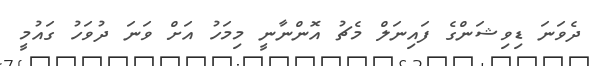
ދެވަނަ ޑިވިޝަންގެ ފައިނަލް މެޗު އޮންނާނީ މިމަހު އަށް ވަނަ ދުވަހު ގައުމީ